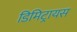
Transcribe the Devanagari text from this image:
डिमिट्रायस